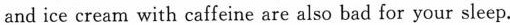
and ice cream with caffeine are also bad for your sleep.